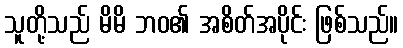
သူတို့သည် မိမိ ဘဝ၏ အစိတ်အပိုင်း ဖြစ်သည်။